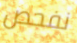
نفحص